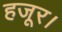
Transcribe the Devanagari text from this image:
हजूर।